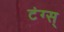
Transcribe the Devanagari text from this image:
टंग्स्